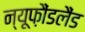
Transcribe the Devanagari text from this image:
न्यूफ़ौंडलैंड